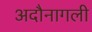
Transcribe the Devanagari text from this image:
अदौनागली